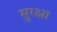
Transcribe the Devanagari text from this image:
सुरक्ष्रा